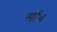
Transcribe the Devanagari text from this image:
मीं॥